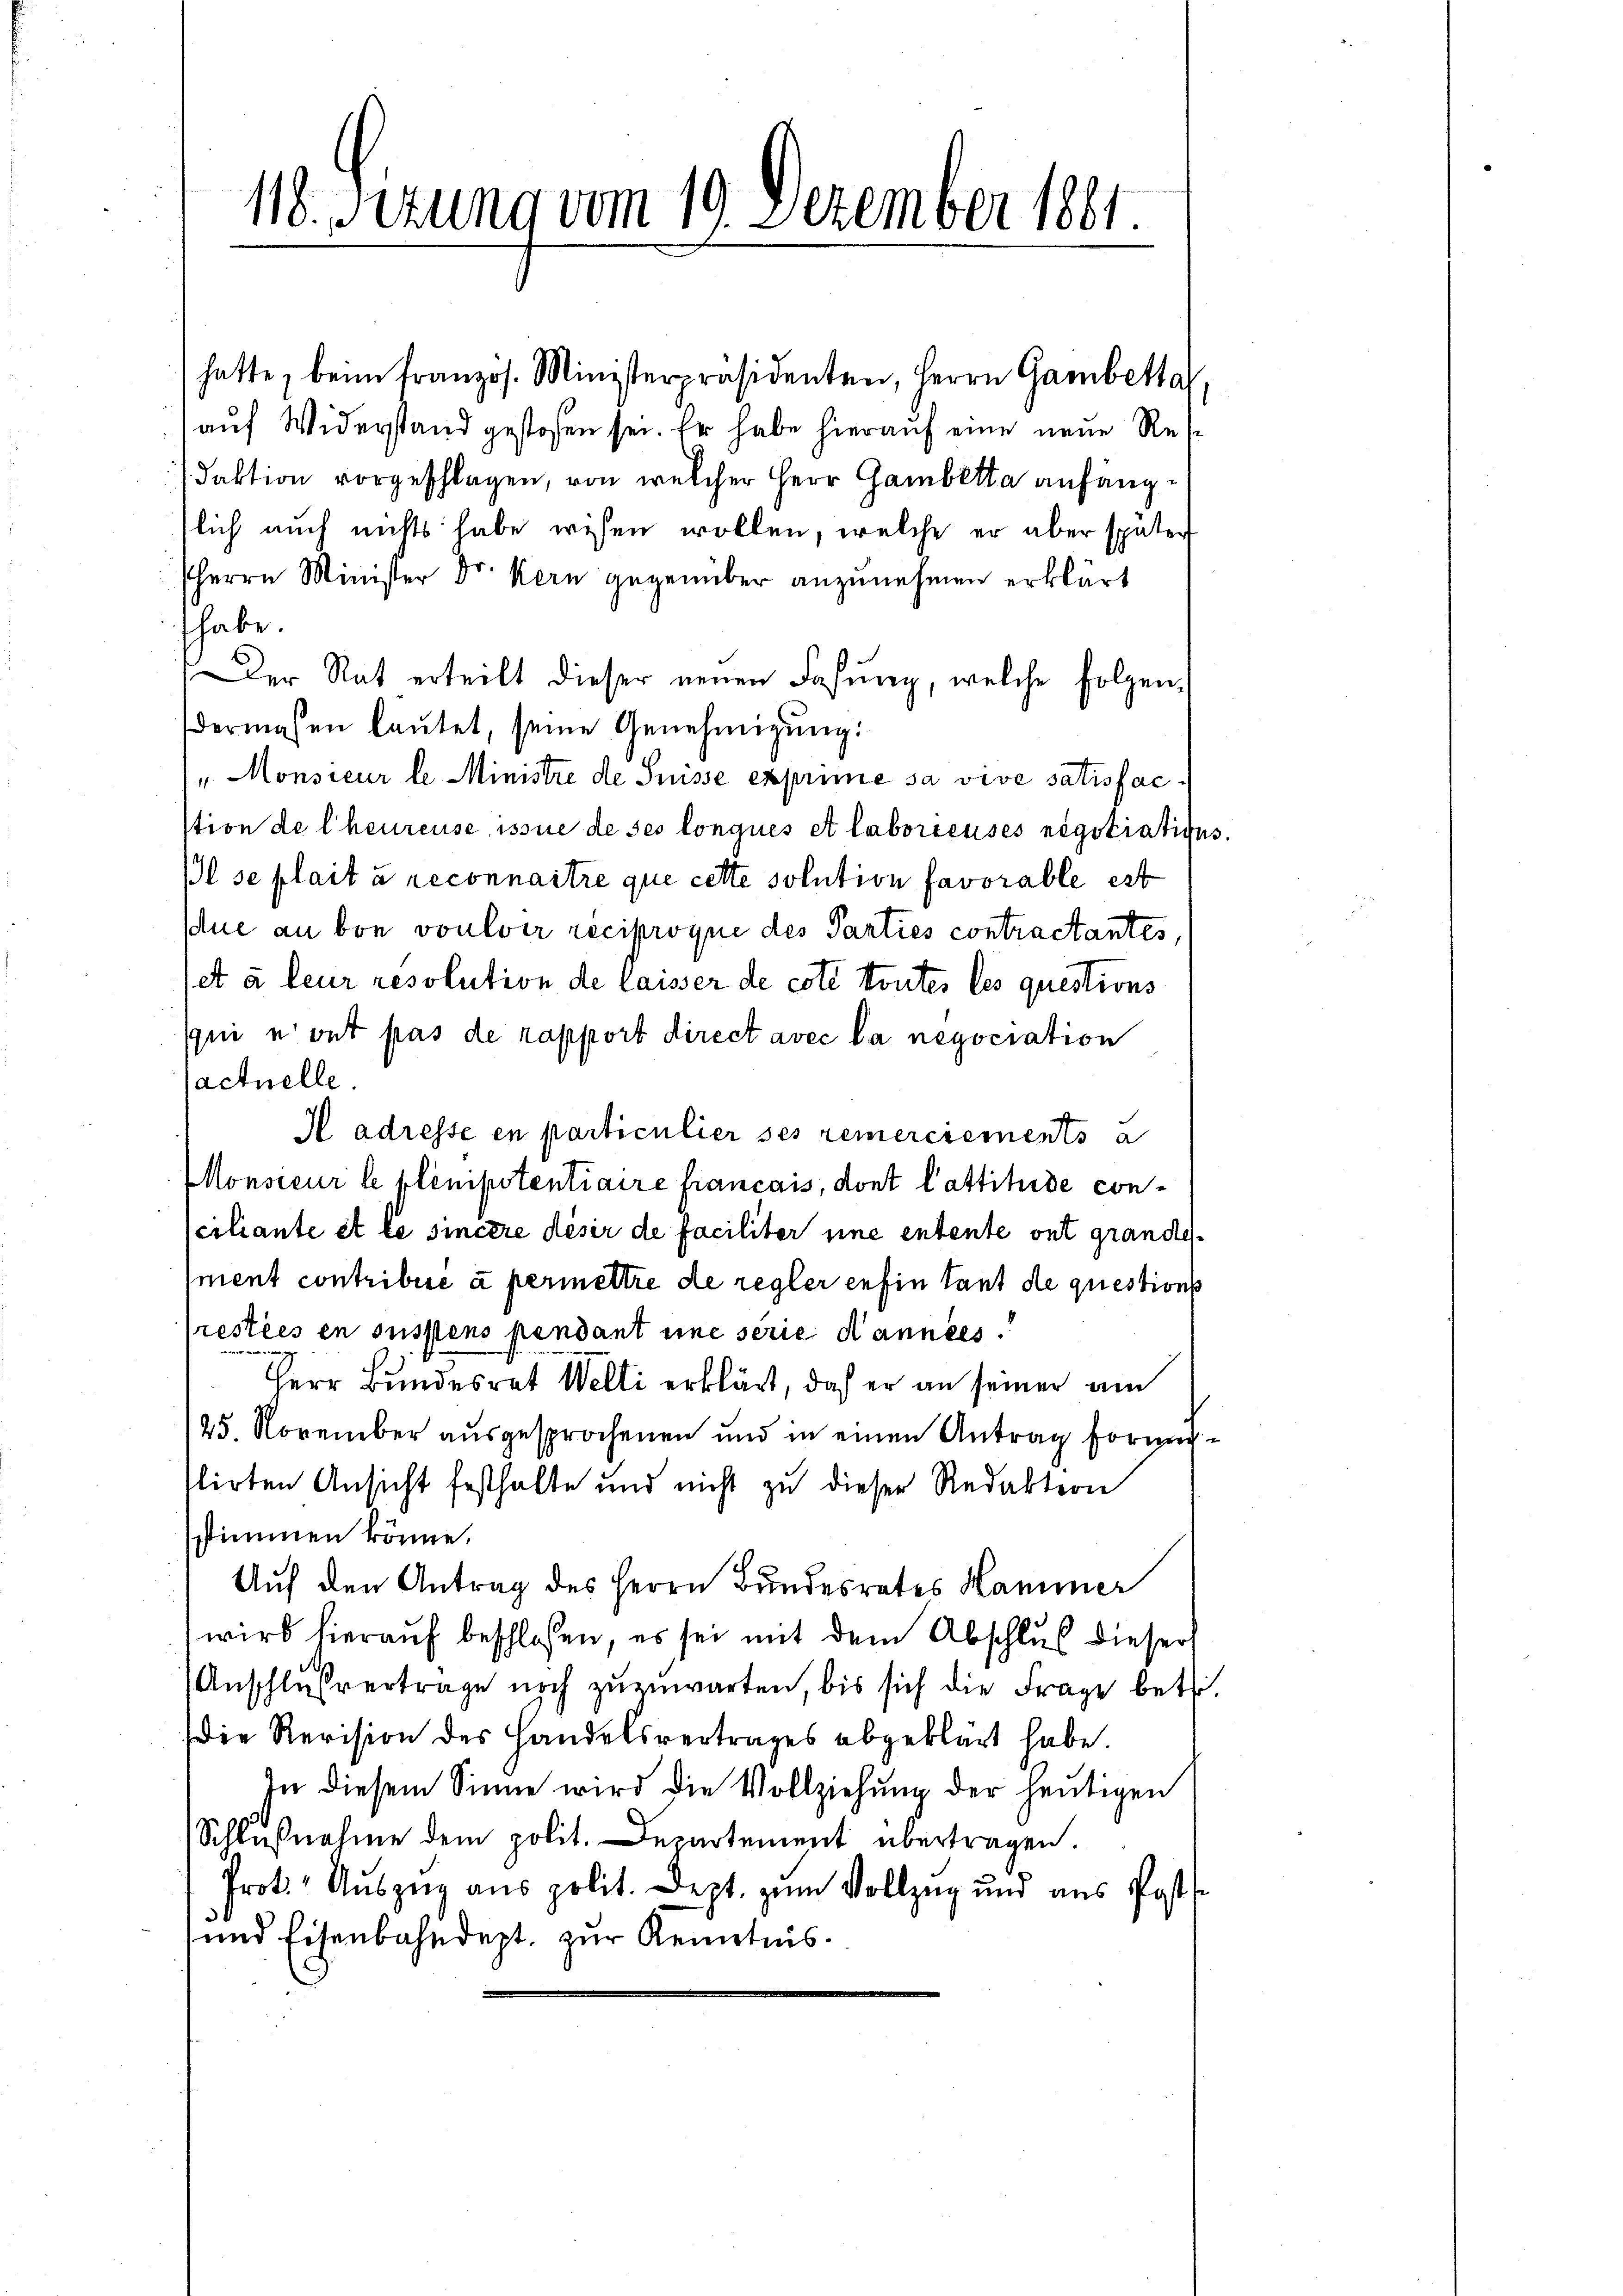
118. Sizung vom 19. Dezember 1881.
.

) hatte, beim französ. Ministerpräsidenten, Herrn Gambetta
auf Widerstand gestoßen sei. Er habe hierauf eine neue Res
daktion vorgeschlagen, von welcher Herr Gambetta anfängslich auch nichts habe wesen wollen, welche er aber später
Herrn Minister Dr. Kern gegenüber anzunehmen erklärt
habe.
Der Rat erteilt dieser neuen Fasung, welche folgendermaßen lautet, seine Genehmigŭng:
"Monsieur le Ministre de Suisse exprime sa vive satisfacstion de l’heureuse issue de ses lonqués et laboricuses négotiations¬
Il se plait à reconnaitre que cette solution favorable est
due an von voulver reciproque des Parties contractantes,
et à leur resolution de laisser de coté toutes les questions
qui n’ont pas de rapport direct avec la negociation
actuelle.
I adresse en particulier ses remerciements a
Monsieur le plempotentiaire francais, dont lattihide conciliante et le sincère désir de faciliter une entente ont grandement contribue à permettre de regler enfin tant de questions
resties en susstens pendant eine serie Kannées.
u
Herr Bundesrat Welti erklärt, daß er an seiner am
125. November ausgesprochenen und in einen Antrag formenlirten Ansicht festhalte und nicht zu dieser Redaktion
sstimmen könne.
Auf den Antrag des Herrn Bundesrates Hammer
wird hieraŭf beschlossen, es sei mit dem Abschlus dieser
Anschlussverträge noch zuzuwarten, bis sich die Frage betr.
die Revision des Handelsvertrages abgeklärt habe.
In diesem Sinne wird die Vollziehung der heutigen
Schlußnahme dem polit. Departement übertragen.
Prot. Aŭszŭg ans polit. Dept. zŭm Vollzug und aus Post-
und Eisenbahndept, zur Kenntnis.